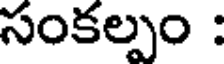
సంకల్పం :